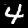
Digit: 4